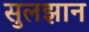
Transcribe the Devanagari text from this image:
सुलझान